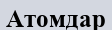
Атомдар